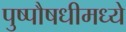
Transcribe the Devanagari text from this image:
पुष्पौषधीमध्ये